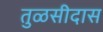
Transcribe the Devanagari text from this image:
तुळसीदास